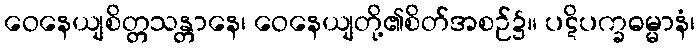
ဝေနေယျစိတ္တသန္တာနေ၊ ဝေနေယျတို့၏စိတ်အစဉ်၌။ ပဋိပက္ခဓမ္မာနံ၊